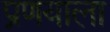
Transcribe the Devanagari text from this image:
प्रणयाला